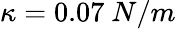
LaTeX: \kappa=0.07\ N/m